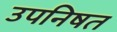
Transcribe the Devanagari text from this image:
उपनिषत